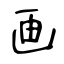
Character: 画